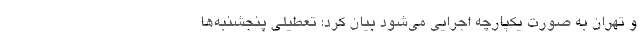
و تهران به صورت یکپارچه اجرایی می‌شود بیان کرد: تعطیلی پنجشنبه‌ها